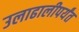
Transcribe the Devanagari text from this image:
उलाढालीपर्यंत